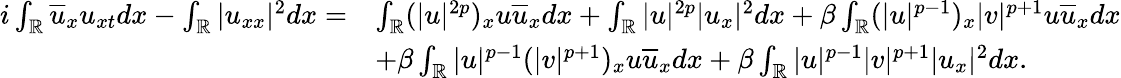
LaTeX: \begin{array}{rl}{i\int_{\mathbb{R}}\overline{{u}}_{x}u_{xt}dx-\int_{\mathbb{R}}|u_{xx}|^{2}dx=}&{\int_{\mathbb{R}}(|u|^{2p})_{x}u\overline{{u}}_{x}dx+\int_{\mathbb{R}}|u|^{2p}|u_{x}|^{2}dx+\beta\int_{\mathbb{R}}(|u|^{p-1})_{x}|v|^{p+1}u\overline{{u}}_{x}dx}\\ &{+\beta\int_{\mathbb{R}}|u|^{p-1}(|v|^{p+1})_{x}u\overline{{u}}_{x}dx+\beta\int_{\mathbb{R}}|u|^{p-1}|v|^{p+1}|u_{x}|^{2}dx.}\end{array}